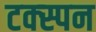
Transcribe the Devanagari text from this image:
टक्स्पन